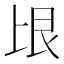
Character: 𰀏